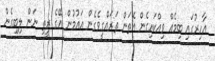
އާހިރުގައި ބިމެއް ވިއްކައިގެން އެތަން ތަރައްގީވެގެން އައުމުން އޭގެ ރީތި ނަން ލިބިގެން